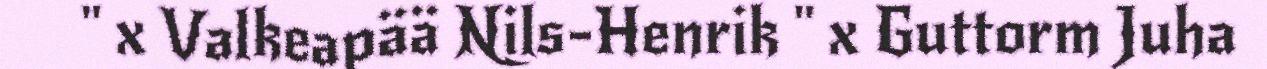
" x Valkeapää Nils-Henrik " x Guttorm Juha